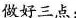
做好三点：